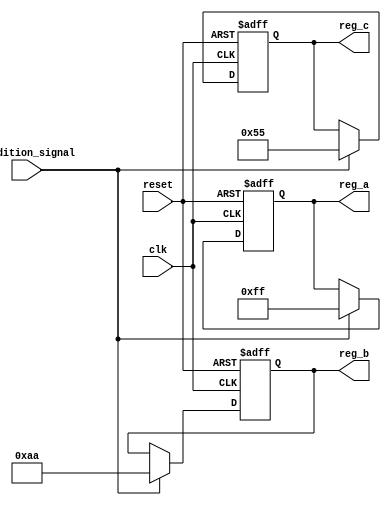
module conditional_initialization (
    input wire clk,                // Clock signal
    input wire reset,              // Control signal for initialization
    input wire condition_signal,    // Additional condition signal for initialization
    output reg [7:0] reg_a,        // Register A to be initialized
    output reg [7:0] reg_b,        // Register B to be initialized
    output reg [7:0] reg_c         // Register C to be initialized
);

// Always block for conditional initialization
always @(posedge clk or posedge reset) begin
    if (reset) begin
        // Reset condition: initialize all registers to zero
        reg_a <= 8'b0;
        reg_b <= 8'b0;
        reg_c <= 8'b0;
    end else if (condition_signal) begin
        // Conditional initialization: assign specific values
        reg_a <= 8'hFF;  // Initialize reg_a to 255
        reg_b <= 8'hAA;  // Initialize reg_b to 170
        reg_c <= 8'h55;  // Initialize reg_c to 85
    end
    // Additional conditional logic can be added here
end

endmodule